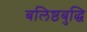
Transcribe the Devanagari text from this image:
बलिष्ठबुद्धि